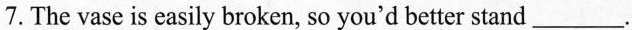
7. The vase is easily broken, so you'd better stand___.